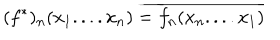
LaTeX: ( f ^ { * } ) _ { n } ( x _ { 1 } . . . . x _ { n } ) = \overline { { { f _ { n } ( x _ { n } . . . . x _ { 1 } ) } } }